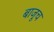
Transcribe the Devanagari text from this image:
बाजूच